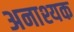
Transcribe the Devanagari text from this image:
अनाश्यक